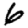
Digit: 6